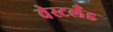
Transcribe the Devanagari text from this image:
वेस्टलँड